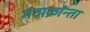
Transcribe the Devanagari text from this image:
मंदाक्रांन्ता